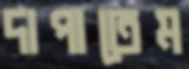
দাপাতেম